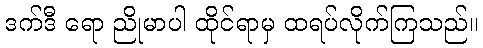
ဒက်ဒီ ရော ညိုမာပါ ထိုင်ရာမှ ထရပ်လိုက်ကြသည်။